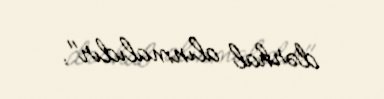
dərhal alınmalıdır".